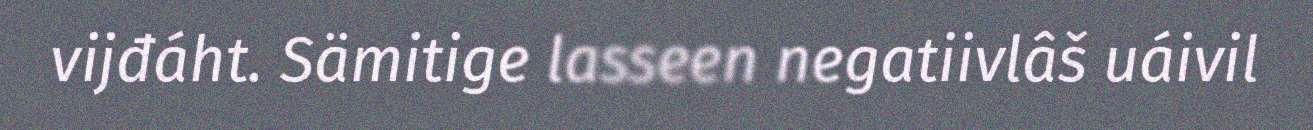
vijđáht. Sämitige lasseen negatiivlâš uáivil